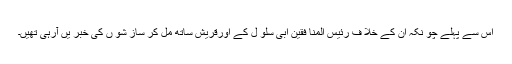
اس سے پہلے چو نکہ ان کے خلا ف رئیس المنا فقین ابی سلو ل کے اورقریش ساتھ مل کر ساز شو ں کی خبر یں آرہی تھیں۔